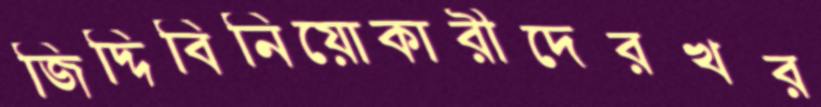
জিদ্দিবিনিয়োকারীদেরখর